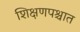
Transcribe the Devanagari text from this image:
शिक्षणपश्चात